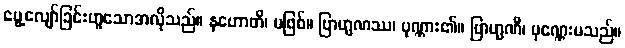
မွေ့လျော်ခြင်းဟူသောအလိုသည်။ နဟောတိ၊ မဖြစ်။ ဗြာဟ္မဏဿ၊ ပုဏ္ဏား၏။ ဗြာဟ္မဏီ၊ ပုဏ္ဏေးမသည်။